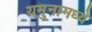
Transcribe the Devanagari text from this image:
यमुनामध्ये